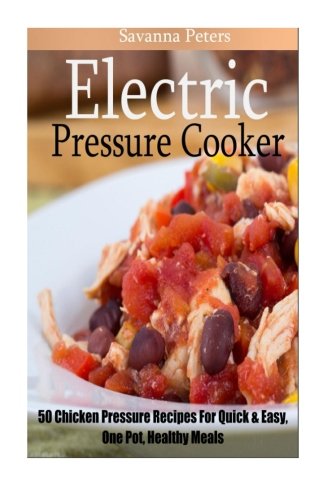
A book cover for Electric Pressure Cooker: 50 Chicken Pressure Cooker Recipes: Quick and Easy, One Pot Meals For Healthy Meals; Savanna Peters; Cookbooks, Food & Wine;